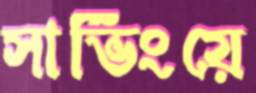
সার্ভিংয়ে